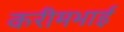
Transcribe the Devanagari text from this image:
करीमभाई